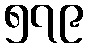
၅၇၉